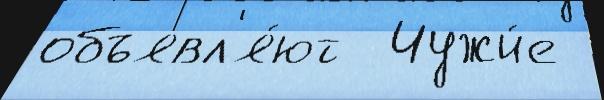
объявл'я́ют  Чужи́е